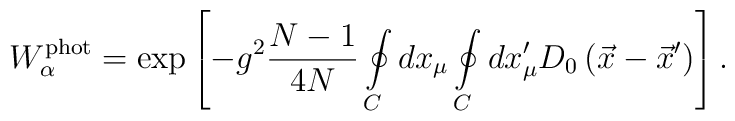
W_\alpha^{\rm phot}=\exp\left[-g^2\frac{N-1}{4N}\oint\limits_{C}^{}dx_\mu\oint\limits_{C}^{}dx'_\mu D_0\left(\vec x-\vec x'\right)\right].